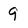
Character: 9